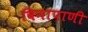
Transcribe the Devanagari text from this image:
विनापाणी